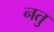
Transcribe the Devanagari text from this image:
नतु